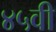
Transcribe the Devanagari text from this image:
४५वी